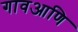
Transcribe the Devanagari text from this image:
गावआणि